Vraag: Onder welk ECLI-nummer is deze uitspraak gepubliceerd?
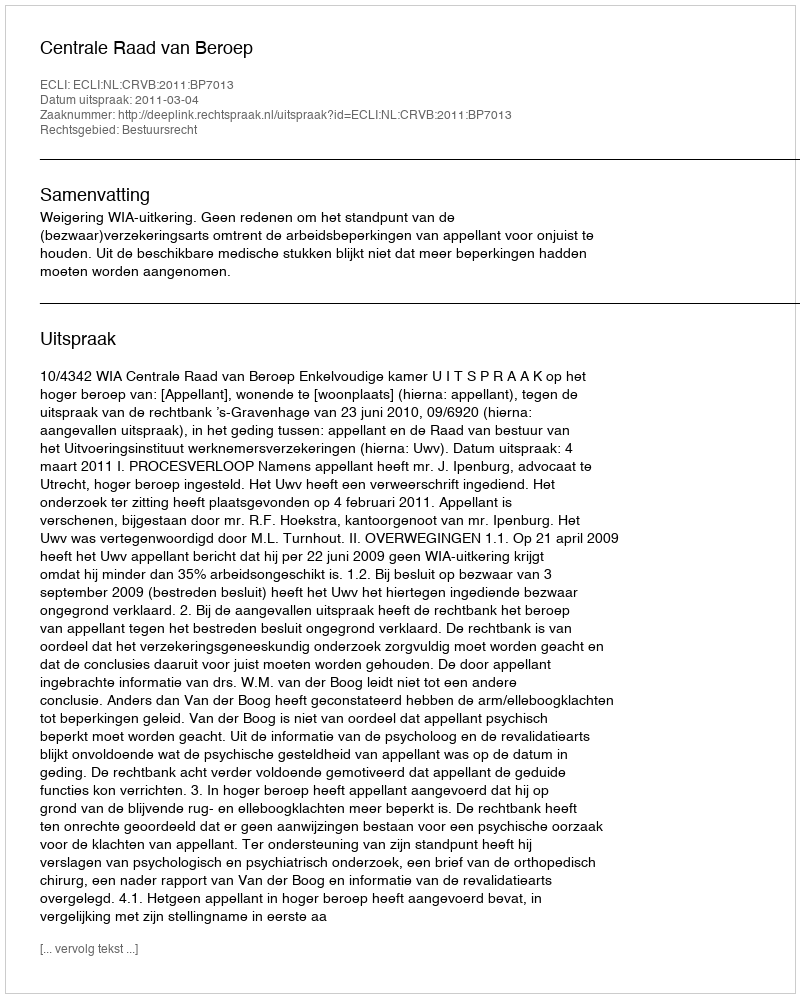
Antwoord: ECLI:NL:CRVB:2011:BP7013